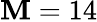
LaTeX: \mathbf{M}=14